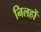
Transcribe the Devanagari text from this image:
निलहों